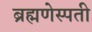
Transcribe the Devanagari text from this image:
ब्रह्मणेस्पती